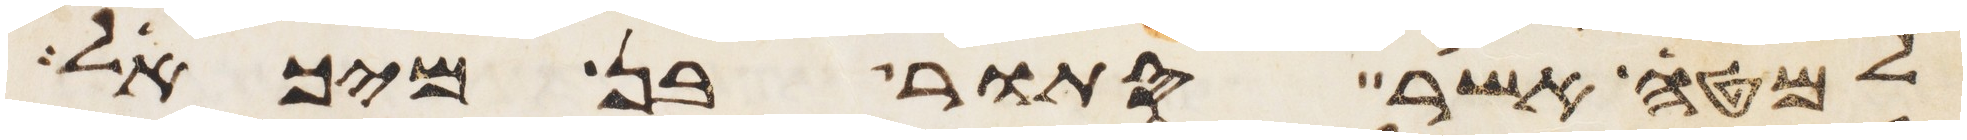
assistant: למטה אשר סתור בן מיכאל